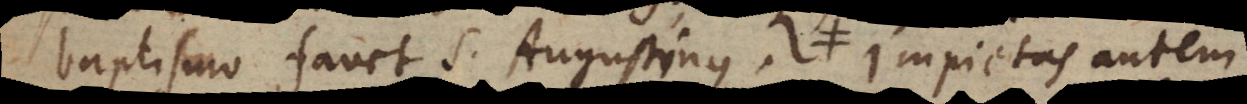
baptismo favet S. Augustinus. Impietas autem